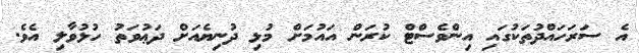
އެ ސަރަހައްދުތަކުގައި އިންވެސްޓް ކުރަން އައުމަށް މުޅި ދުނިޔެއަށް ދަޢުވަތު ހުޅުވާލި އެވެ.